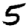
Digit: 5